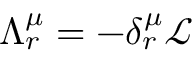
\Lambda _ { r } ^ { \mu } = - \delta _ { r } ^ { \mu } { \mathcal { L } }